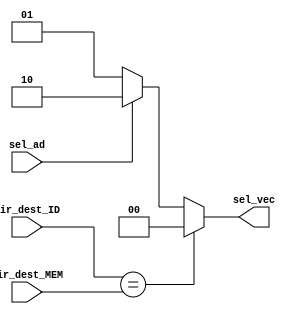
module adelantamiento (
		dir_dest_ID,
		dir_dest_MEM,
		sel_ad,
		sel_vec
);

input wire [2:0] dir_dest_ID,dir_dest_MEM;
input wire sel_ad;

output reg [1:0] sel_vec;


always@*
begin
	if(dir_dest_ID==dir_dest_MEM)
		begin
		sel_vec<=2'b00;
		end
	else
		begin
			if(sel_ad==0)
			begin
				sel_vec<=2'b01;
			end
			else
			begin
				sel_vec<=2'b10;
			end
		end
end

endmodule